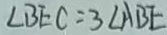
\angle B E C = 3 \angle A B E